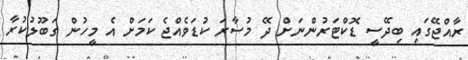
ރާއްޖޭގައި ބިދޭސީ ޑޮކްޓަރުންނަށް ދޭ މުސާރަ ކުޑަވެއްޖެ ކަމަށް އެ މީހުން ގަބޫލުކުރާ